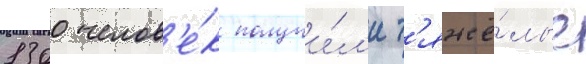
1300 челов'е́к получи́л'и т'яжё́лые